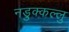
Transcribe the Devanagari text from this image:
नडुक्कल्लु